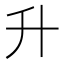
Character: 升